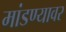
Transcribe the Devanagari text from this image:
मांडण्यावर